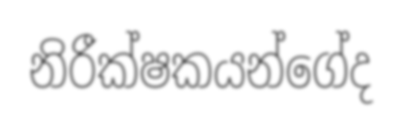
නිරීක්ෂකයන්ගේද